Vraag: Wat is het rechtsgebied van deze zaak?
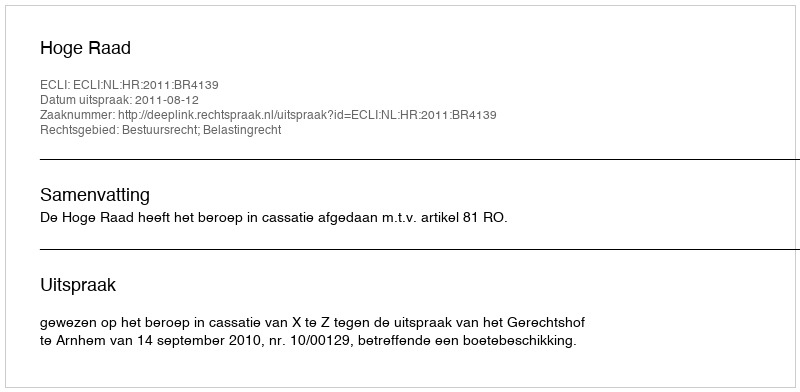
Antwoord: Bestuursrecht; Belastingrecht